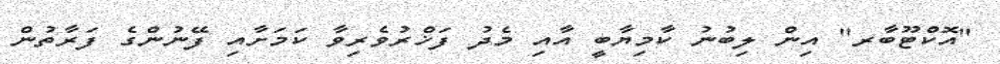
"އޮކްޓޫބާރ" އިން ލިބުނު ކާމިޔާބީ އާއި މެދު ފަޚްރުވެރިވާ ކަމަށާއި ފޭނުންގެ ފަރާތުން